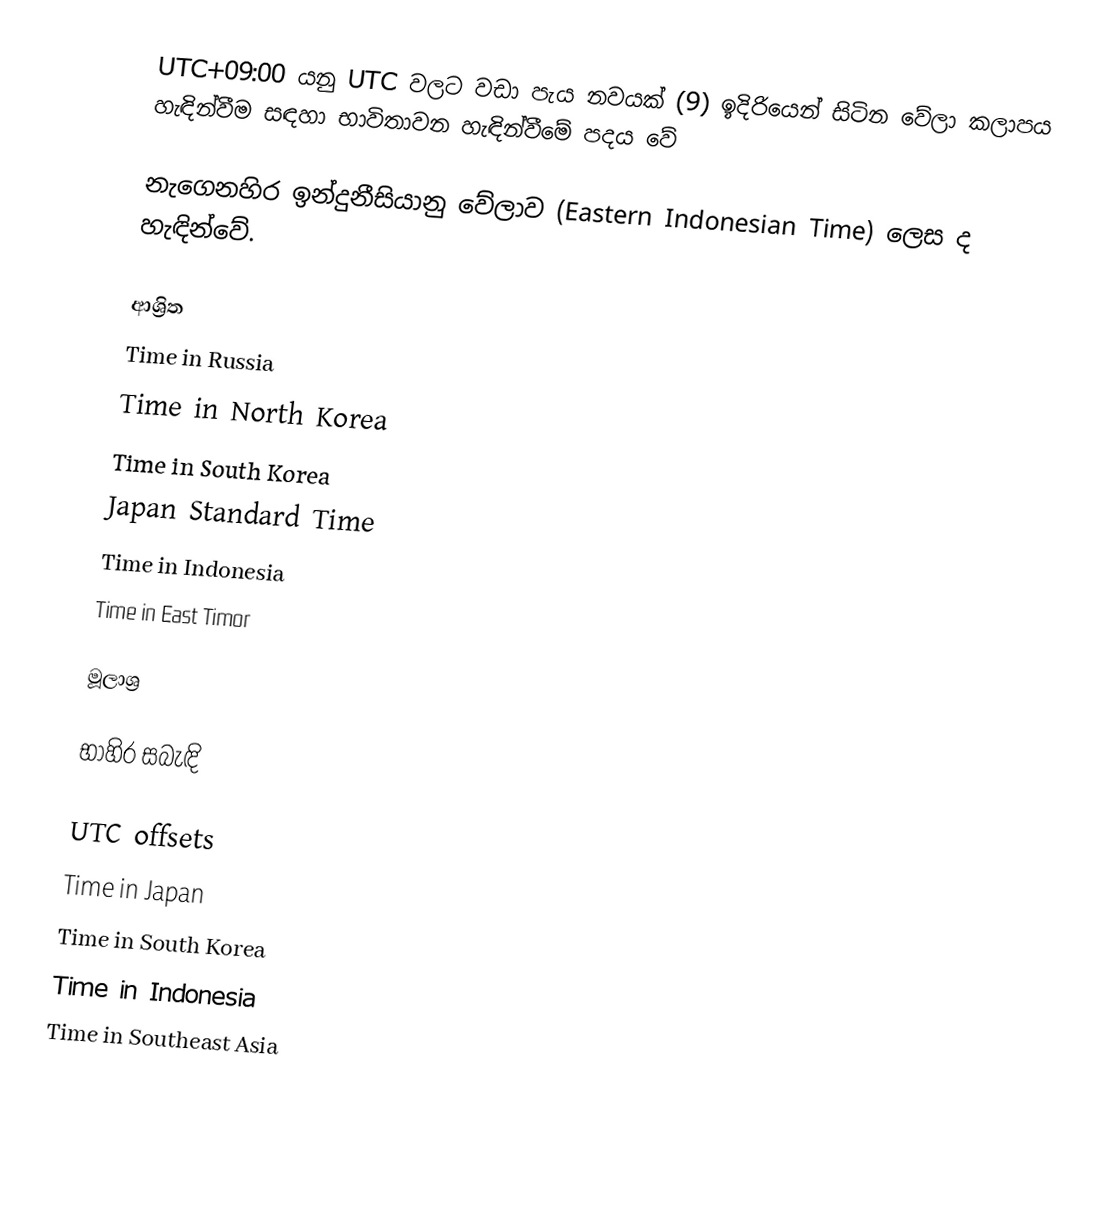
UTC+09:00 යනු UTC වලට වඩා පැය නවයක් (9) ඉදිරියෙන් සිටින වේලා කලාපය හැඳින්වීම සඳහා භාවිතාවන හැඳින්වීමේ පදය වේ

නැගෙනහිර ඉන්දුනීසියානු වේලාව (Eastern Indonesian Time) ලෙස ද හැඳින්වේ.

ආශ්‍රිත
Time in Russia
Time in North Korea
Time in South Korea
Japan Standard Time
Time in Indonesia
Time in East Timor

මූලාශ්‍ර

භාහිර සබැඳි

UTC offsets
Time in Japan
Time in South Korea
Time in Indonesia
Time in Southeast Asia